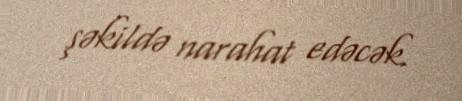
şəkildə narahat edəcək.